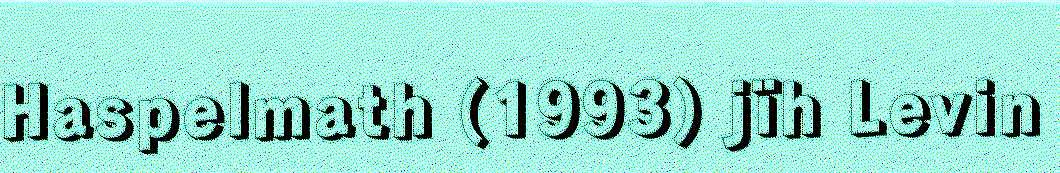
Haspelmath (1993) jïh Levin